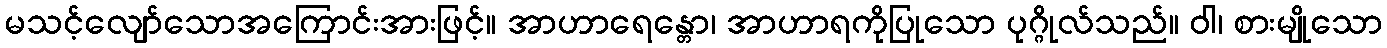
မသင့်လျော်သောအကြောင်းအားဖြင့်။ အာဟာရေန္တော၊ အာဟာရကိုပြုသော ပုဂ္ဂိုလ်သည်။ ဝါ၊ စားမျိုသော